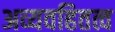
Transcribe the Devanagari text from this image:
अव्यवहितत्व